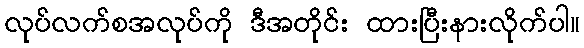
လုပ်လက်စအလုပ်ကို ဒီအတိုင်း ထားပြီးနားလိုက်ပါ။